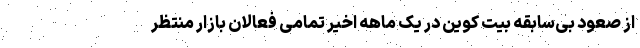
از صعود بی‌سابقه بیت کوین در یک ماهه اخیر تمامی فعالان بازار منتظر